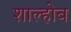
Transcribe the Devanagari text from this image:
शाल्होब